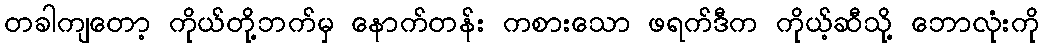
တခါကျတော့ ကိုယ်တို့ဘက်မှ နောက်တန်း ကစားသော ဖရက်ဒီက ကိုယ့်ဆီသို့ ဘောလုံးကို